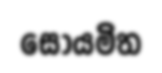
සොයමිත